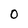
Character: O